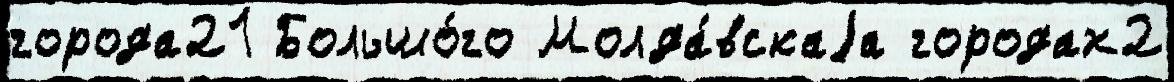
города21 Большо́го Молда́вскаjа городах2